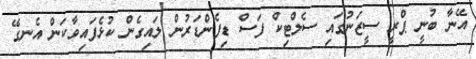
އޭނާ ބުނީ ޕްރީ ސީޒަނުގައި ސެލްޓިކް ފަސް ޑިފެންޑަރުން ލައިގެން ކުޅެފައިވާކަން އެނގޭ